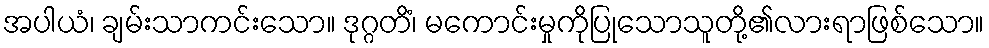
အပါယံ၊ ချမ်းသာကင်းသော။ ဒုဂ္ဂတိံ၊ မကောင်းမှုကိုပြုသောသူတို့၏လားရာဖြစ်သော။